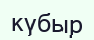
күбыр